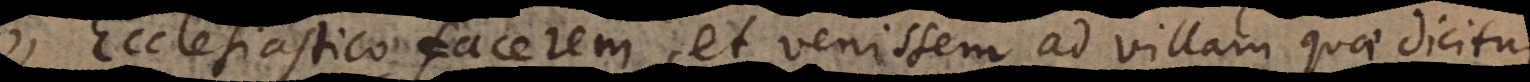
Ecclesiastico facerem, et venissem ad villam quae dicit